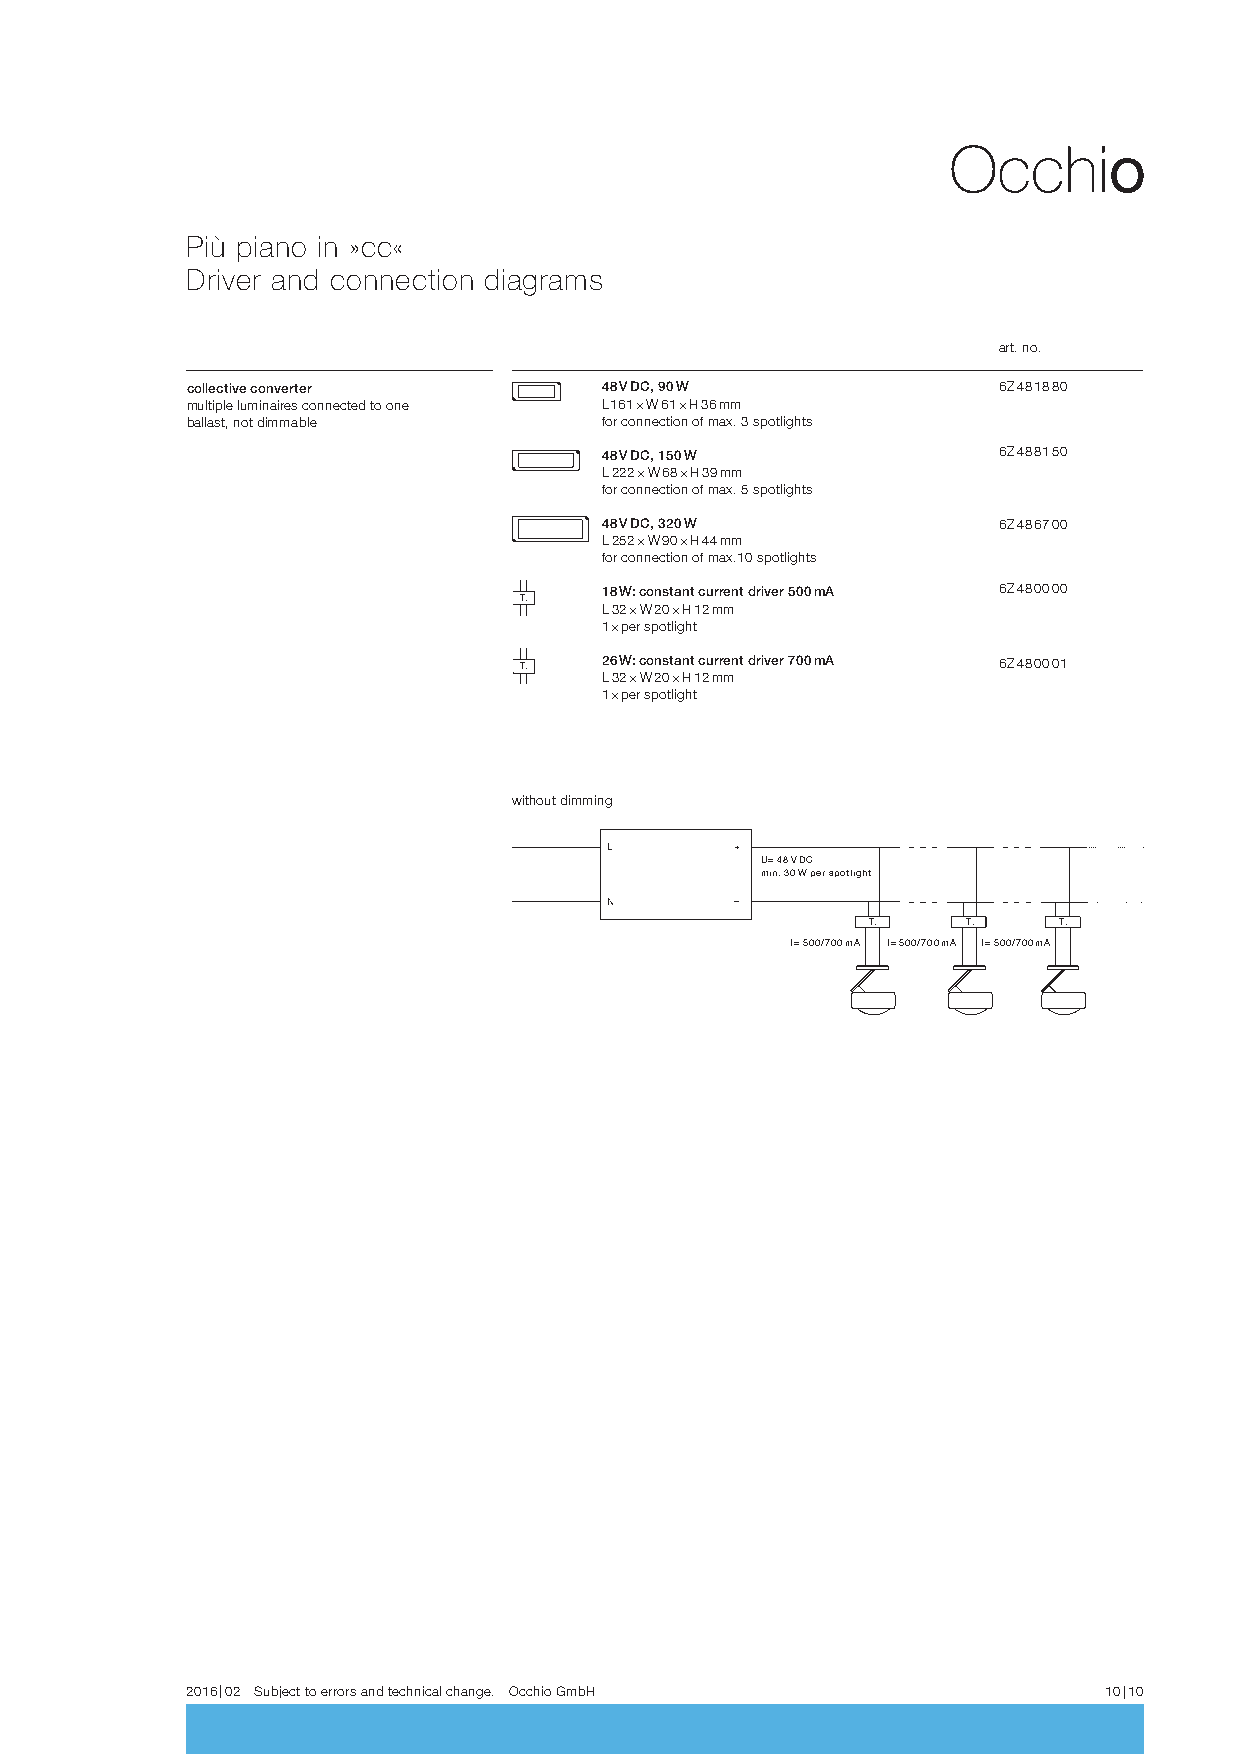
Più piano in »cc«
 Driver and connection diagrams
 art. no.
 collective converter        48 V DC, 90 W             6Z 48 18 80
 multiple luminaires connected to one L 161 × W 61 × H 36 mm
 ballast, not dimmable       for connection of max. 3 spotlights
 48 V DC, 150 W            6Z 48 81 50
 L 222 × W 68 × H 39 mm
 for connection of max. 5 spotlights
 L                    48 V DC, 320 W            6Z 48 67 00
 L 252 × W 90 × H 44 mm
 230 V AC       DC             for connection of max.10 spotlights
 N
 L              T.    18 W: constant current driver 500 mA 6Z 48 00 00
 L 32 × W 20 × H 12 mm
 230 V AC       DC             1 × per spotlight
 LED      LED      LED
 N
 T.    26 W: constant current driver 700 mA 6Z 48 00 01
 L 32 × W 20 × H 12 mm
 1 × per spotlight
 LED      LED      LED
 18 W     18 W     18 W
 18 W     18 W     18 W
 without dimming
 U= 48 V DC
 min. 30 W per spotlight
 T.     T.    T.
 I = 500/700 mA I = 500/700 mA I = 500/700 mA
 2016 | 02 Subject to errors and technical change. Occhio GmbH 10 | 10